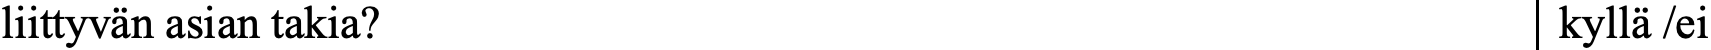
liittyvän asian takia?                             kyllä /ei